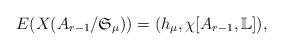
LaTeX: \begin{align*}E(X(A_{r-1}/\mathfrak S_{\mu})) = ( h_{\mu}, \chi[A_{r-1},\mathbb L] ),\end{align*}